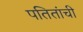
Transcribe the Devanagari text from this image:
पतितांची